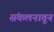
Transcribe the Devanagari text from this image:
संकलनातून